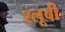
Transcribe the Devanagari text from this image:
श्लूबी